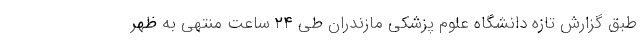
طبق گزارش تازه دانشگاه علوم پزشکی مازندران طی ۲۴ ساعت منتهی به ظهر